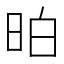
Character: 𣆆